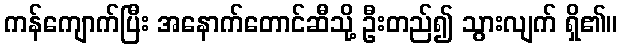
ကန်ကျောက်ပြီး အနောက်တောင်ဆီသို့ ဦးတည်၍ သွားလျက် ရှိ၏။